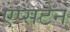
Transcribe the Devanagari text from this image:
एप्सटेन